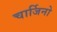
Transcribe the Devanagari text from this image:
चार्जिनो